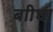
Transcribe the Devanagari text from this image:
बाीघा